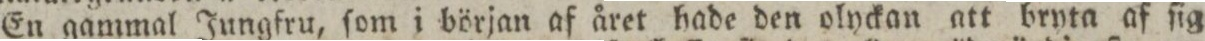
En gammal Jungfru, ſom i början af året hade den olyckan att bryta af ſig